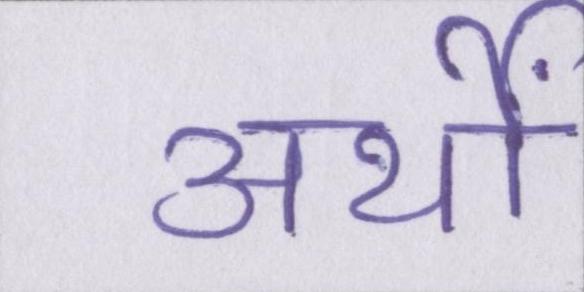
अर्थों